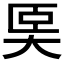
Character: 𡘡